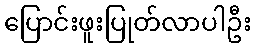
ပြောင်းဖူးပြုတ်လာပါဦး